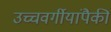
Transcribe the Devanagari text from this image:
उच्चवर्गीयांपैकी